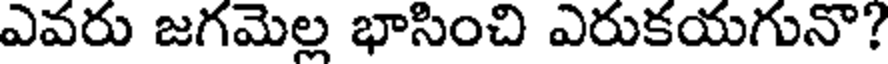
ఎవరు జగమెల్ల భాసించి ఎరుకయగునొ?